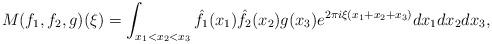
LaTeX: \begin{align*}M(f_1, f_2, g)(\xi)= \int_{x_1<x_2<x_3} \hat{f}_1(x_1) \hat{f}_2(x_2) g(x_3) e^{2 \pi i \xi (x_1+x_2+x_3)} dx_1 d x_2 d x_3,\end{align*}